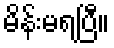
မိန်းမရပြီ။